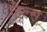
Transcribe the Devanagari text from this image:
ग्रेहेल्स